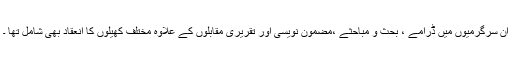
ان سرگرمیوں میں ڈرامے ، بحث و مباحثے ،مضمون نویسی اور تقریری مقابلوں کے علاوہ مختلف کھیلوں کا انعقاد بھی شامل تھا ۔